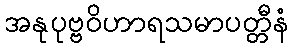
အနုပုဗ္ဗဝိဟာရသမာပတ္တီနံ